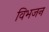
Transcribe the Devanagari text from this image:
विभजन